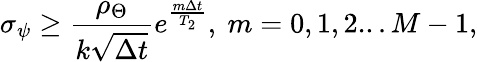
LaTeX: \sigma_{\psi}\geq\frac{\rho_{\Theta}}{k\sqrt{\Delta t}}e^{\frac{m\Delta t}{T_{2}}},~m=0,1,2...M-1,